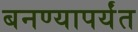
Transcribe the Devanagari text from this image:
बनण्यापर्यंत